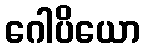
ဂေါပိယော